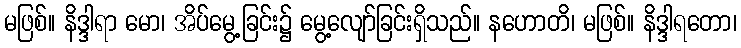
မဖြစ်။ နိဒ္ဒါရာ မော၊ အိပ်မွေ့ခြင်း၌ မွေ့လျော်ခြင်းရှိသည်။ နဟောတိ၊ မဖြစ်။ နိဒ္ဒါရတော၊